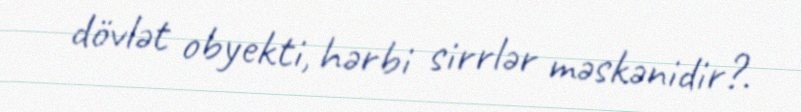
dövlət obyekti, hərbi sirrlər məskənidir?.